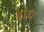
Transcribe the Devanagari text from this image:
ढ़ांच